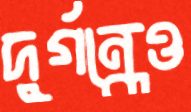
দুর্গন্ধেও